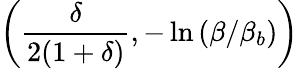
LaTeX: \left(\frac{\delta}{2(1+\delta)},-\ln\left({\beta/{\beta_{b}}}\right)\right)